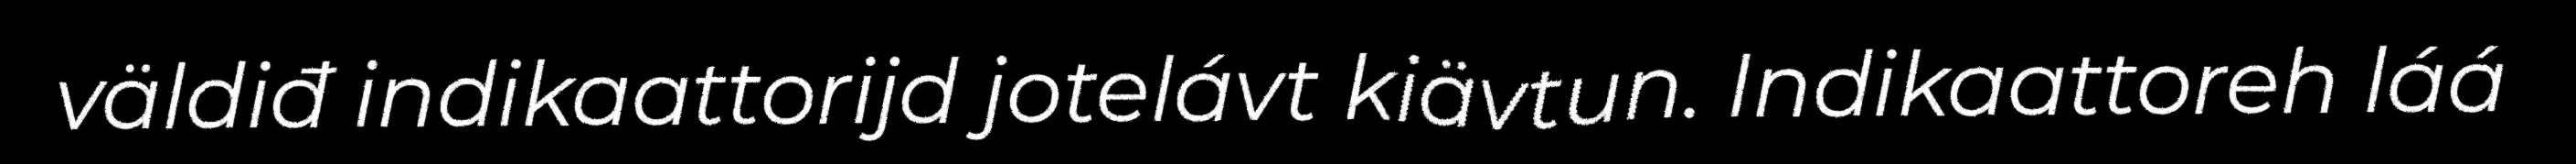
väldiđ indikaattorijd jotelávt kiävtun. Indikaattoreh láá